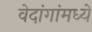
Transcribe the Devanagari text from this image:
वेदांगांमध्ये